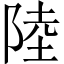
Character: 陸